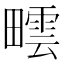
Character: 𤳟